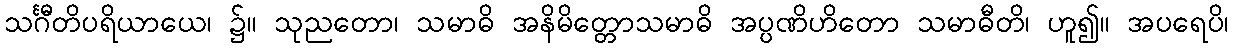
သင်္ဂီတိပရိယာယေ၊ ၌။ သုညတော၊ သမာဓိ အနိမိတ္တောသမာဓိ အပ္ပဏိဟိတော သမာဓီတိ၊ ဟူ၍။ အပရေပိ၊